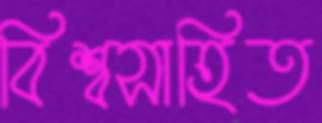
বিশ্বসাহিত